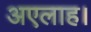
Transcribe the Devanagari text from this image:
अएलाह।